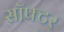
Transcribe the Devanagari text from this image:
सॉफ्टर